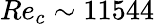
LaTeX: Re_{c}\sim 11544